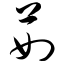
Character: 茹